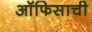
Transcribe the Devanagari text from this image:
ऑफिसाची